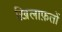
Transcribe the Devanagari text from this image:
ख़िलाफ़तों